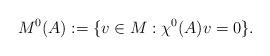
LaTeX: \begin{align*}M^0(A) & := \{ v\in M : \chi^0(A)v = 0\}.\end{align*}